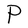
Character: P